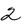
Character: 2